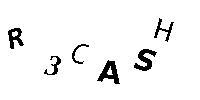
R3CASH